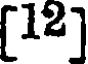
[12]